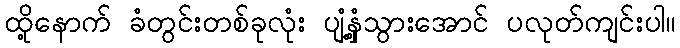
ထို့နောက် ခံတွင်းတစ်ခုလုံး ပျံ့နှံ့သွားအောင် ပလုတ်ကျင်းပါ။